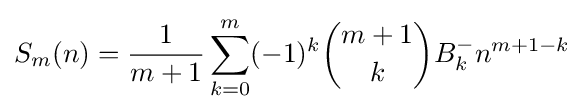
S_{m}(n)={\frac {1}{m+1}}\sum _{k=0}^{m}(-1)^{k}{\binom {m+1}{k}}B_{k}^{-{}}n^{m+1-k}